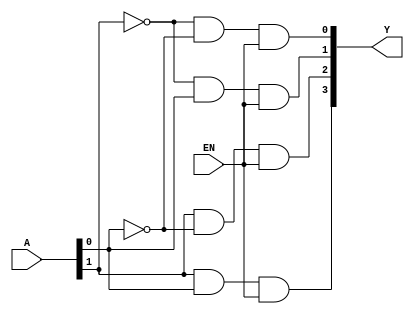
module decode2x4(output [3:0]Y, input EN, input[1:0]A);
and (Y[0],~A[1],~A[0],EN);
and (Y[1],~A[1], A[0],EN);
and (Y[2], A[1],~A[0],EN);
and (Y[3], A[1], A[0],EN);
endmodule